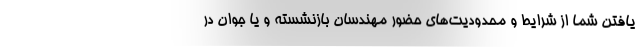
یافتن شما از شرایط و محدودیت‌های حضور مهندسان بازنشسته و یا جوان در